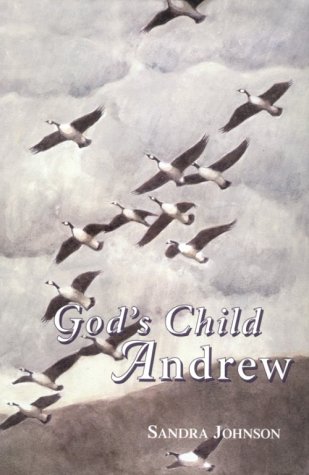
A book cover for God's Child Andrew; Sandra Johnson; Christian Books & Bibles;